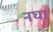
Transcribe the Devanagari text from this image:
नघा